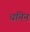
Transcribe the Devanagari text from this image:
धनिन